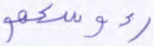
رءوسكم